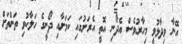
އޭނާ ވިދާޅުވީ މިހާރުވެސް އެދޯނި އޮތީ އެރަށުގައި ކަމަށާއި ދޯނީގެ ހަލާކުވި ތަންތަށް